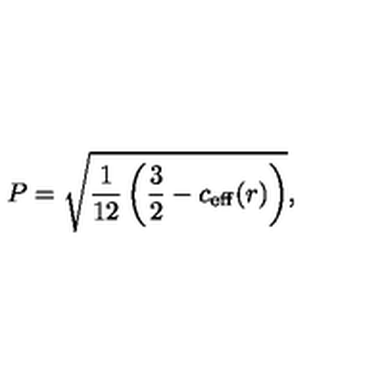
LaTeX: P = \sqrt { \frac 1 { 1 2 } \left( \frac 3 2 - c _ { \mathrm { e f f } } ( r ) \right) } ,